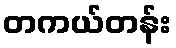
တကယ်တန်း